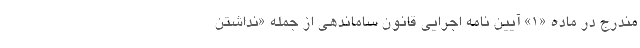
مندرج در ماده «۱» آیین نامه اجرایی قانون ساماندهی از جمله «نداشتن